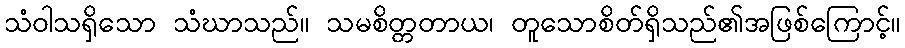
သံဝါသရှိသော သံဃာသည်။ သမစိတ္တတာယ၊ တူသောစိတ်ရှိသည်၏အဖြစ်ကြောင့်။